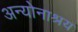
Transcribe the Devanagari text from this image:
अन्योनाश्रय